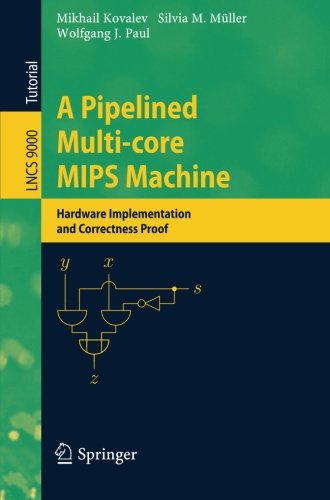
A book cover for A Pipelined Multi-core MIPS Machine: Hardware Implementation and Correctness Proof (Lecture Notes in Computer Science / Theoretical Computer Science and General Issues); Mikhail Kovalev; Computers & Technology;